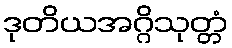
ဒုတိယအဂ္ဂိသုတ္တံ